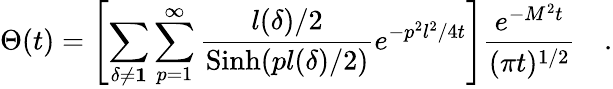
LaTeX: \Theta(t)=\left[\sum_{\delta\neq{\mathbf 1}}\sum_{p=1}^{\infty}{\frac{l(\delta)/2}{\mathrm{Sinh}(pl(\delta)/2)}}e^{-p^{2}l^{2}/4t}\right]{\frac{e^{-M^{2}t}}{(\pi t)^{1/2}}}\quad.